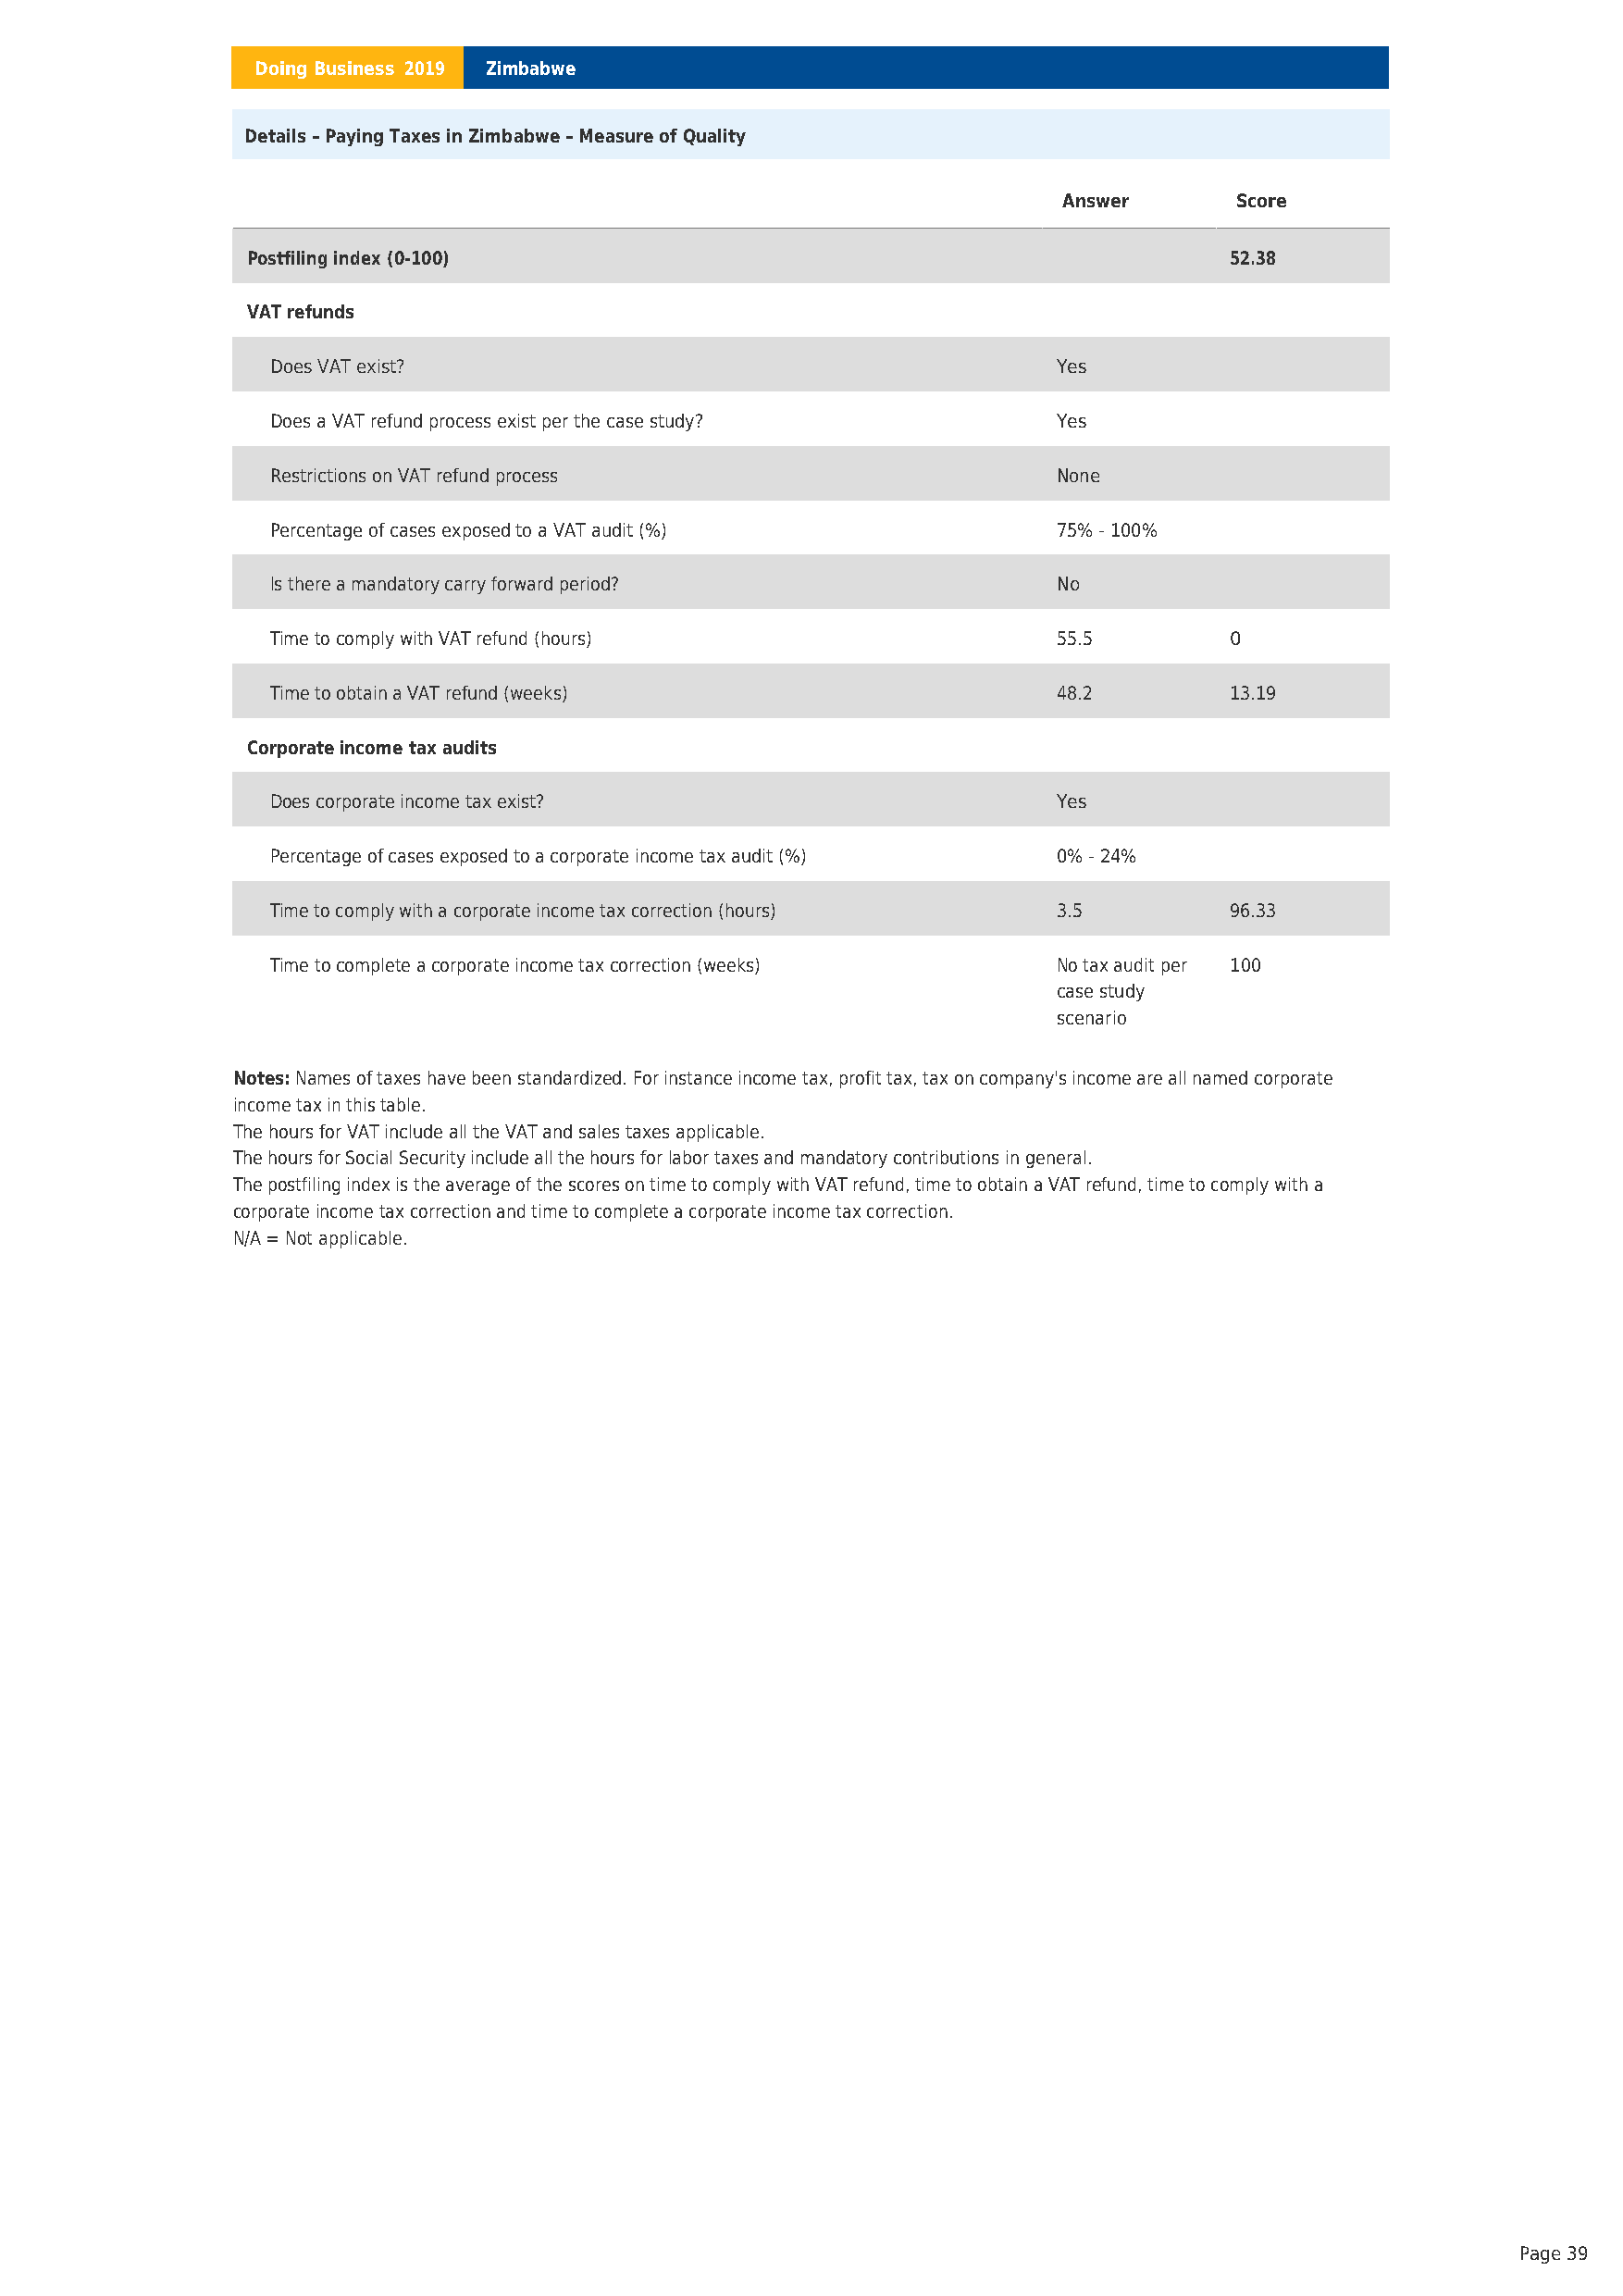
Doing Business 2019 Zimbabwe
 Details – Paying Taxes in Zimbabwe – Measure of Quality
 Answer      Score
 Postfiling index (0-100)                                              52.38
 VAT refunds
 Does VAT exist?                                          Yes
 Does a VAT refund process exist per the case study?      Yes
 Restrictions on VAT refund process                       None
 Percentage of cases exposed to a VAT audit (%)           75% - 100%
 Is there a mandatory carry forward period?               No
 Time to comply with VAT refund (hours)                   55.5        0
 Time to obtain a VAT refund (weeks)                      48.2        13.19
 Corporate income tax audits
 Does corporate income tax exist?                         Yes
 Percentage of cases exposed to a corporate income tax audit (%) 0% - 24%
 Time to comply with a corporate income tax correction (hours) 3.5    96.33
 Time to complete a corporate income tax correction (weeks) No tax audit per 100
 case study
 scenario
 Notes:Names of taxes have been standardized. For instance income tax, profit tax, tax on company's income are all named corporate
 income tax in this table.
 The hours for VAT include all the VAT and sales taxes applicable.
 The hours for Social Security include all the hours for labor taxes and mandatory contributions in general.
 The postfiling index is the average of the scores on time to comply with VAT refund, time to obtain a VAT refund, time to comply with a
 corporate income tax correction and time to complete a corporate income tax correction.
 N/A = Not applicable.
 Page 39